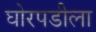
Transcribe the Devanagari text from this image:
घोरपडीला